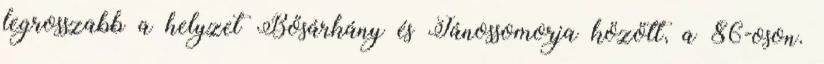
legrosszabb a helyzet Bősárkány és Jánossomorja között, a 86-oson.